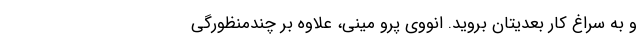
و به سراغ کار بعدیتان بروید. انووی پرو مینی، علاوه بر چندمنظورگی